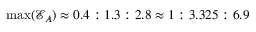
\operatorname* { m a x } ( { \mathcal { E } _ { A } } ) \approx 0 . 4 : 1 . 3 : 2 . 8 \approx 1 : 3 . 3 2 5 : 6 . 9